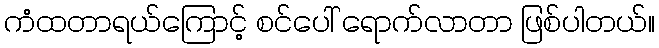
ကံထတာရယ်ကြောင့် စင်ပေါ် ရောက်လာတာ ဖြစ်ပါတယ်။